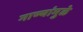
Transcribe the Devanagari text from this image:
गाण्यांमुळे